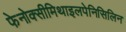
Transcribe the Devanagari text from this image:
फेनोक्सीमिथाइलपेनिसिलिन